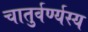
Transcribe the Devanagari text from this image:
चातुर्वर्ण्यस्य